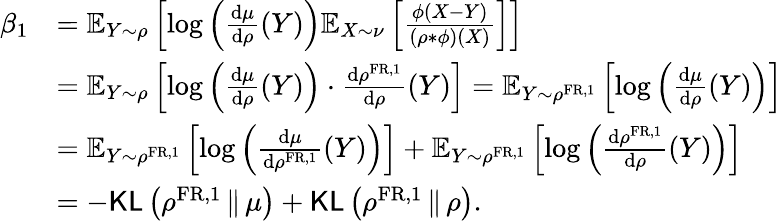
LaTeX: \begin{array}{rl}{\beta_{1}}&{=\mathbb{E}_{Y\sim\rho}\left[\log\left(\frac{\mathrm{d}\mu}{\mathrm{d}\rho}(Y)\right)\mathbb{E}_{X\sim\nu}\left[\frac{\phi(X-Y)}{(\rho*\phi)(X)}\right]\right]}\\ &{=\mathbb{E}_{Y\sim\rho}\left[\log\left(\frac{\mathrm{d}\mu}{\mathrm{d}\rho}(Y)\right)\cdot\frac{\mathrm{d}\rho^{\mathrm{FR},1}}{\mathrm{d}\rho}(Y)\right]=\mathbb{E}_{Y\sim\rho^{\mathrm{FR},1}}\left[\log\left(\frac{\mathrm{d}\mu}{\mathrm{d}\rho}(Y)\right)\right]}\\ &{=\mathbb{E}_{Y\sim\rho^{\mathrm{FR},1}}\left[\log\left(\frac{\mathrm{d}\mu}{\mathrm{d}\rho^{\mathrm{FR},1}}(Y)\right)\right]+\mathbb{E}_{Y\sim\rho^{\mathrm{FR},1}}\left[\log\left(\frac{\mathrm{d}\rho^{\mathrm{FR},1}}{\mathrm{d}\rho}(Y)\right)\right]}\\ &{=-\mathsf{KL}\left(\rho^{\mathrm{FR},1}\, \Vert\, \mu\right)+\mathsf{KL}\left(\rho^{\mathrm{FR},1}\, \Vert\, \rho\right).}\end{array}